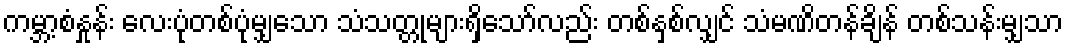
ကမ္ဘာ့စံနှုန်း လေးပုံတစ်ပုံမျှသော သံသတ္တုများရှိသော်လည်း တစ်နှစ်လျှင် သံမဏိတန်ချိန် တစ်သန်းမျှသာ